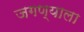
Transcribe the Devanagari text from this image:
जगण्याला